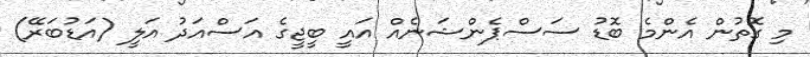
މި ގޮތުން އެންމެ ބޮޑު ސަސްޕެންޝަނެއް އައީ ބީޖީގެ އަސްއަދު އަލީ (އަޑުބަރޭ)